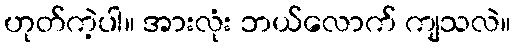
ဟုတ်ကဲ့ပါ။ အားလုံး ဘယ်လောက် ကျသလဲ။